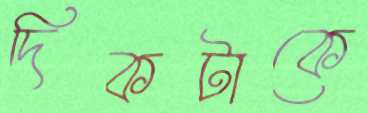
দিকটাকে